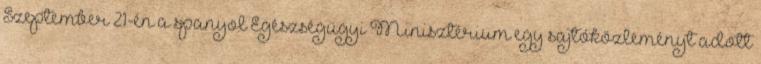
Szeptember 21-én a spanyol Egészségügyi Minisztérium egy sajtóközleményt adott